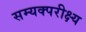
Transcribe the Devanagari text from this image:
सम्यक्परीक्ष्य